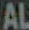
AL